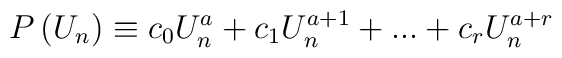
P\left( U_n\right) \equiv c_0U_n^a+c_1U_n^{a+1}+...+c_rU_n^{a+r}